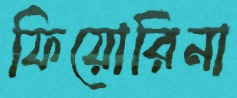
ফিয়োরিনা